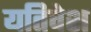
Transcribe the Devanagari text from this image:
यतिवेश